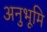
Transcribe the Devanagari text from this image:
अनुभूमि